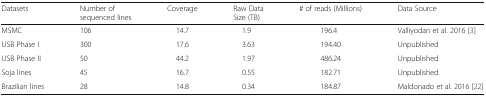
<table><thead><tr><td><b>Datasets</b></td><td><b>Number of sequenced lines</b></td><td><b>Coverage</b></td><td><b>Raw DataSize (TB)</b></td><td><b># of reads (Millions)</b></td><td><b>Data Source</b></td></tr></thead><tbody><tr><td>MSMC</td><td>106</td><td>14.7</td><td>1.9</td><td>196.4</td><td>Valliyodan et al. 2016 [3]</td></tr><tr><td>USB Phase I</td><td>300</td><td>17.6</td><td>3.63</td><td>194.40</td><td>Unpublished</td></tr><tr><td>USB Phase II</td><td>50</td><td>44.2</td><td>1.97</td><td>486.24</td><td>Unpublished</td></tr><tr><td>Soja lines</td><td>45</td><td>16.7</td><td>0.55</td><td>182.71</td><td>Unpublished</td></tr><tr><td>Brazilian lines</td><td>28</td><td>14.8</td><td>0.34</td><td>184.87</td><td>Maldonado et al. 2016 [22]</td></tr></tbody></table>